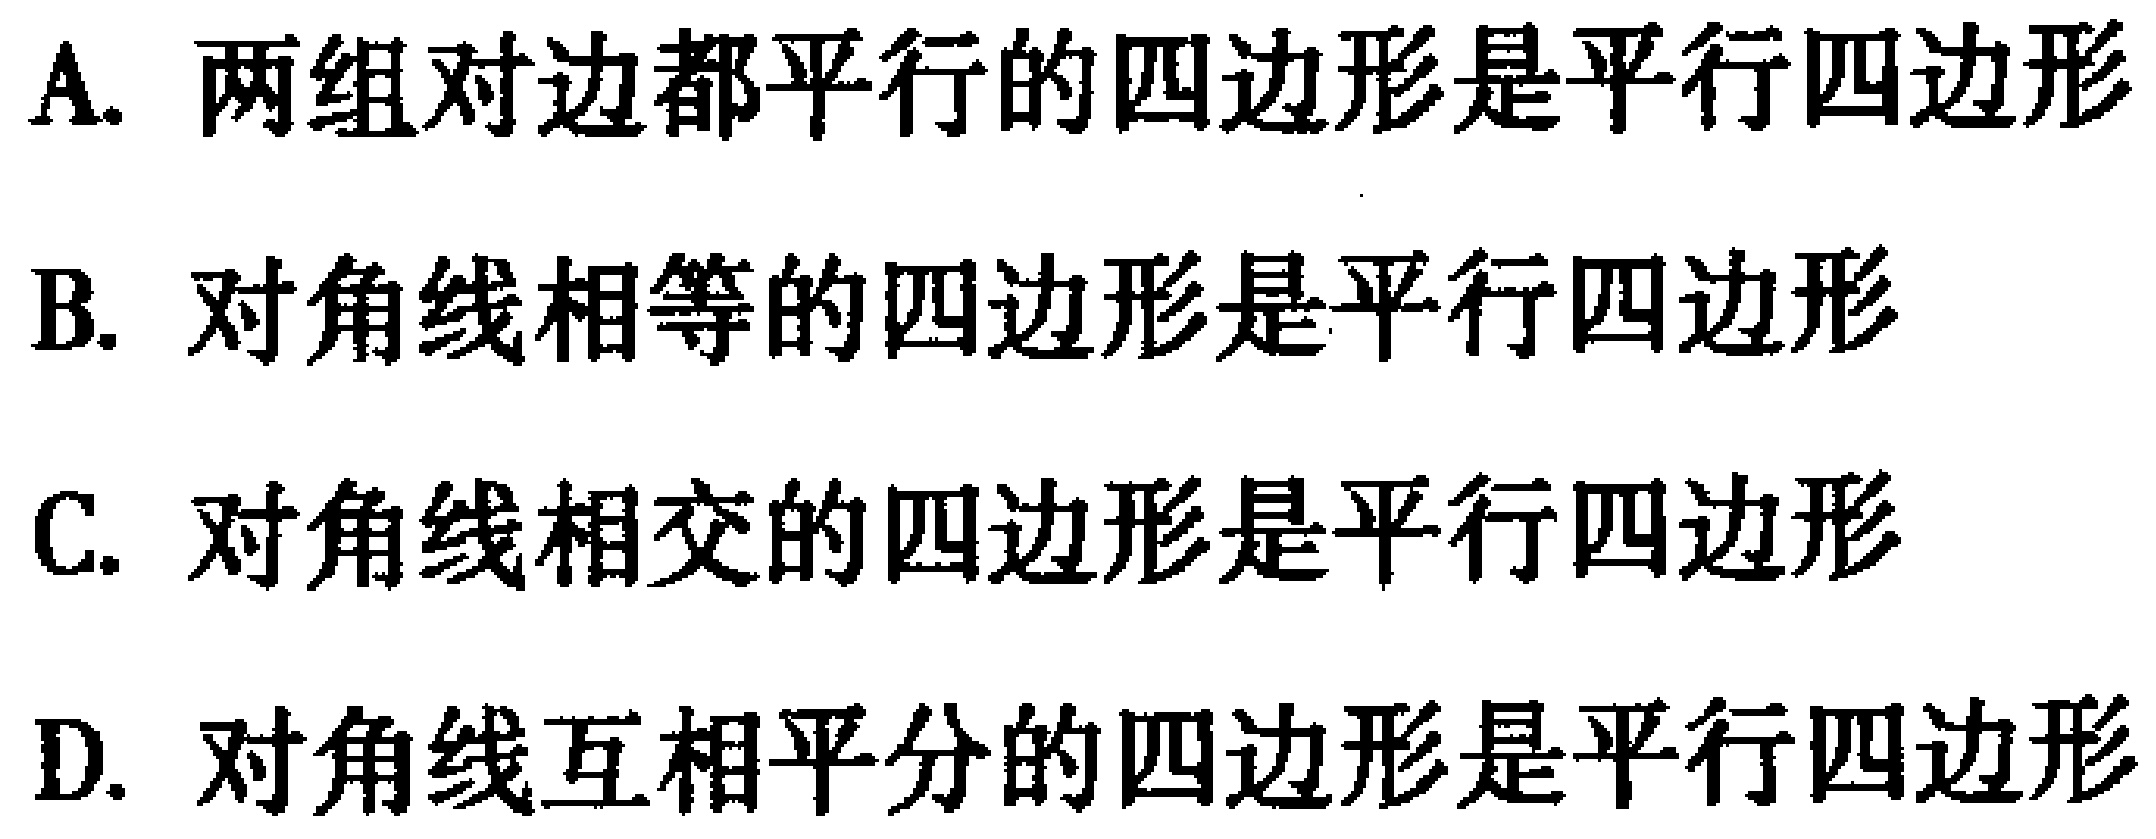
A. 两组对边都平行的四边形是平行四边形
B. 对角线相等的四边形是平行四边形
C. 对角线相交的四边形是平行四边形
D. 对角线互相平分的四边形是平行四边形